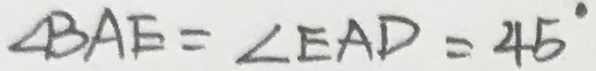
\angle B A E = \angle E A D = 4 5 ^ { \circ }